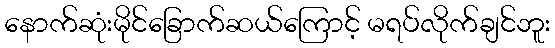
နောက်ဆုံးမိုင်ခြောက်ဆယ်ကြောင့် မရပ်လိုက်ချင်ဘူး